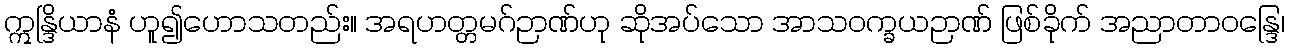
ဣန္ဒြိယာနံ ဟူ၍ဟောသတည်း။ အရဟတ္တမဂ်ဉာဏ်ဟု ဆိုအပ်သော အာသဝက္ခယဉာဏ် ဖြစ်ခိုက် အညာတာဝန္ဒြေ၊